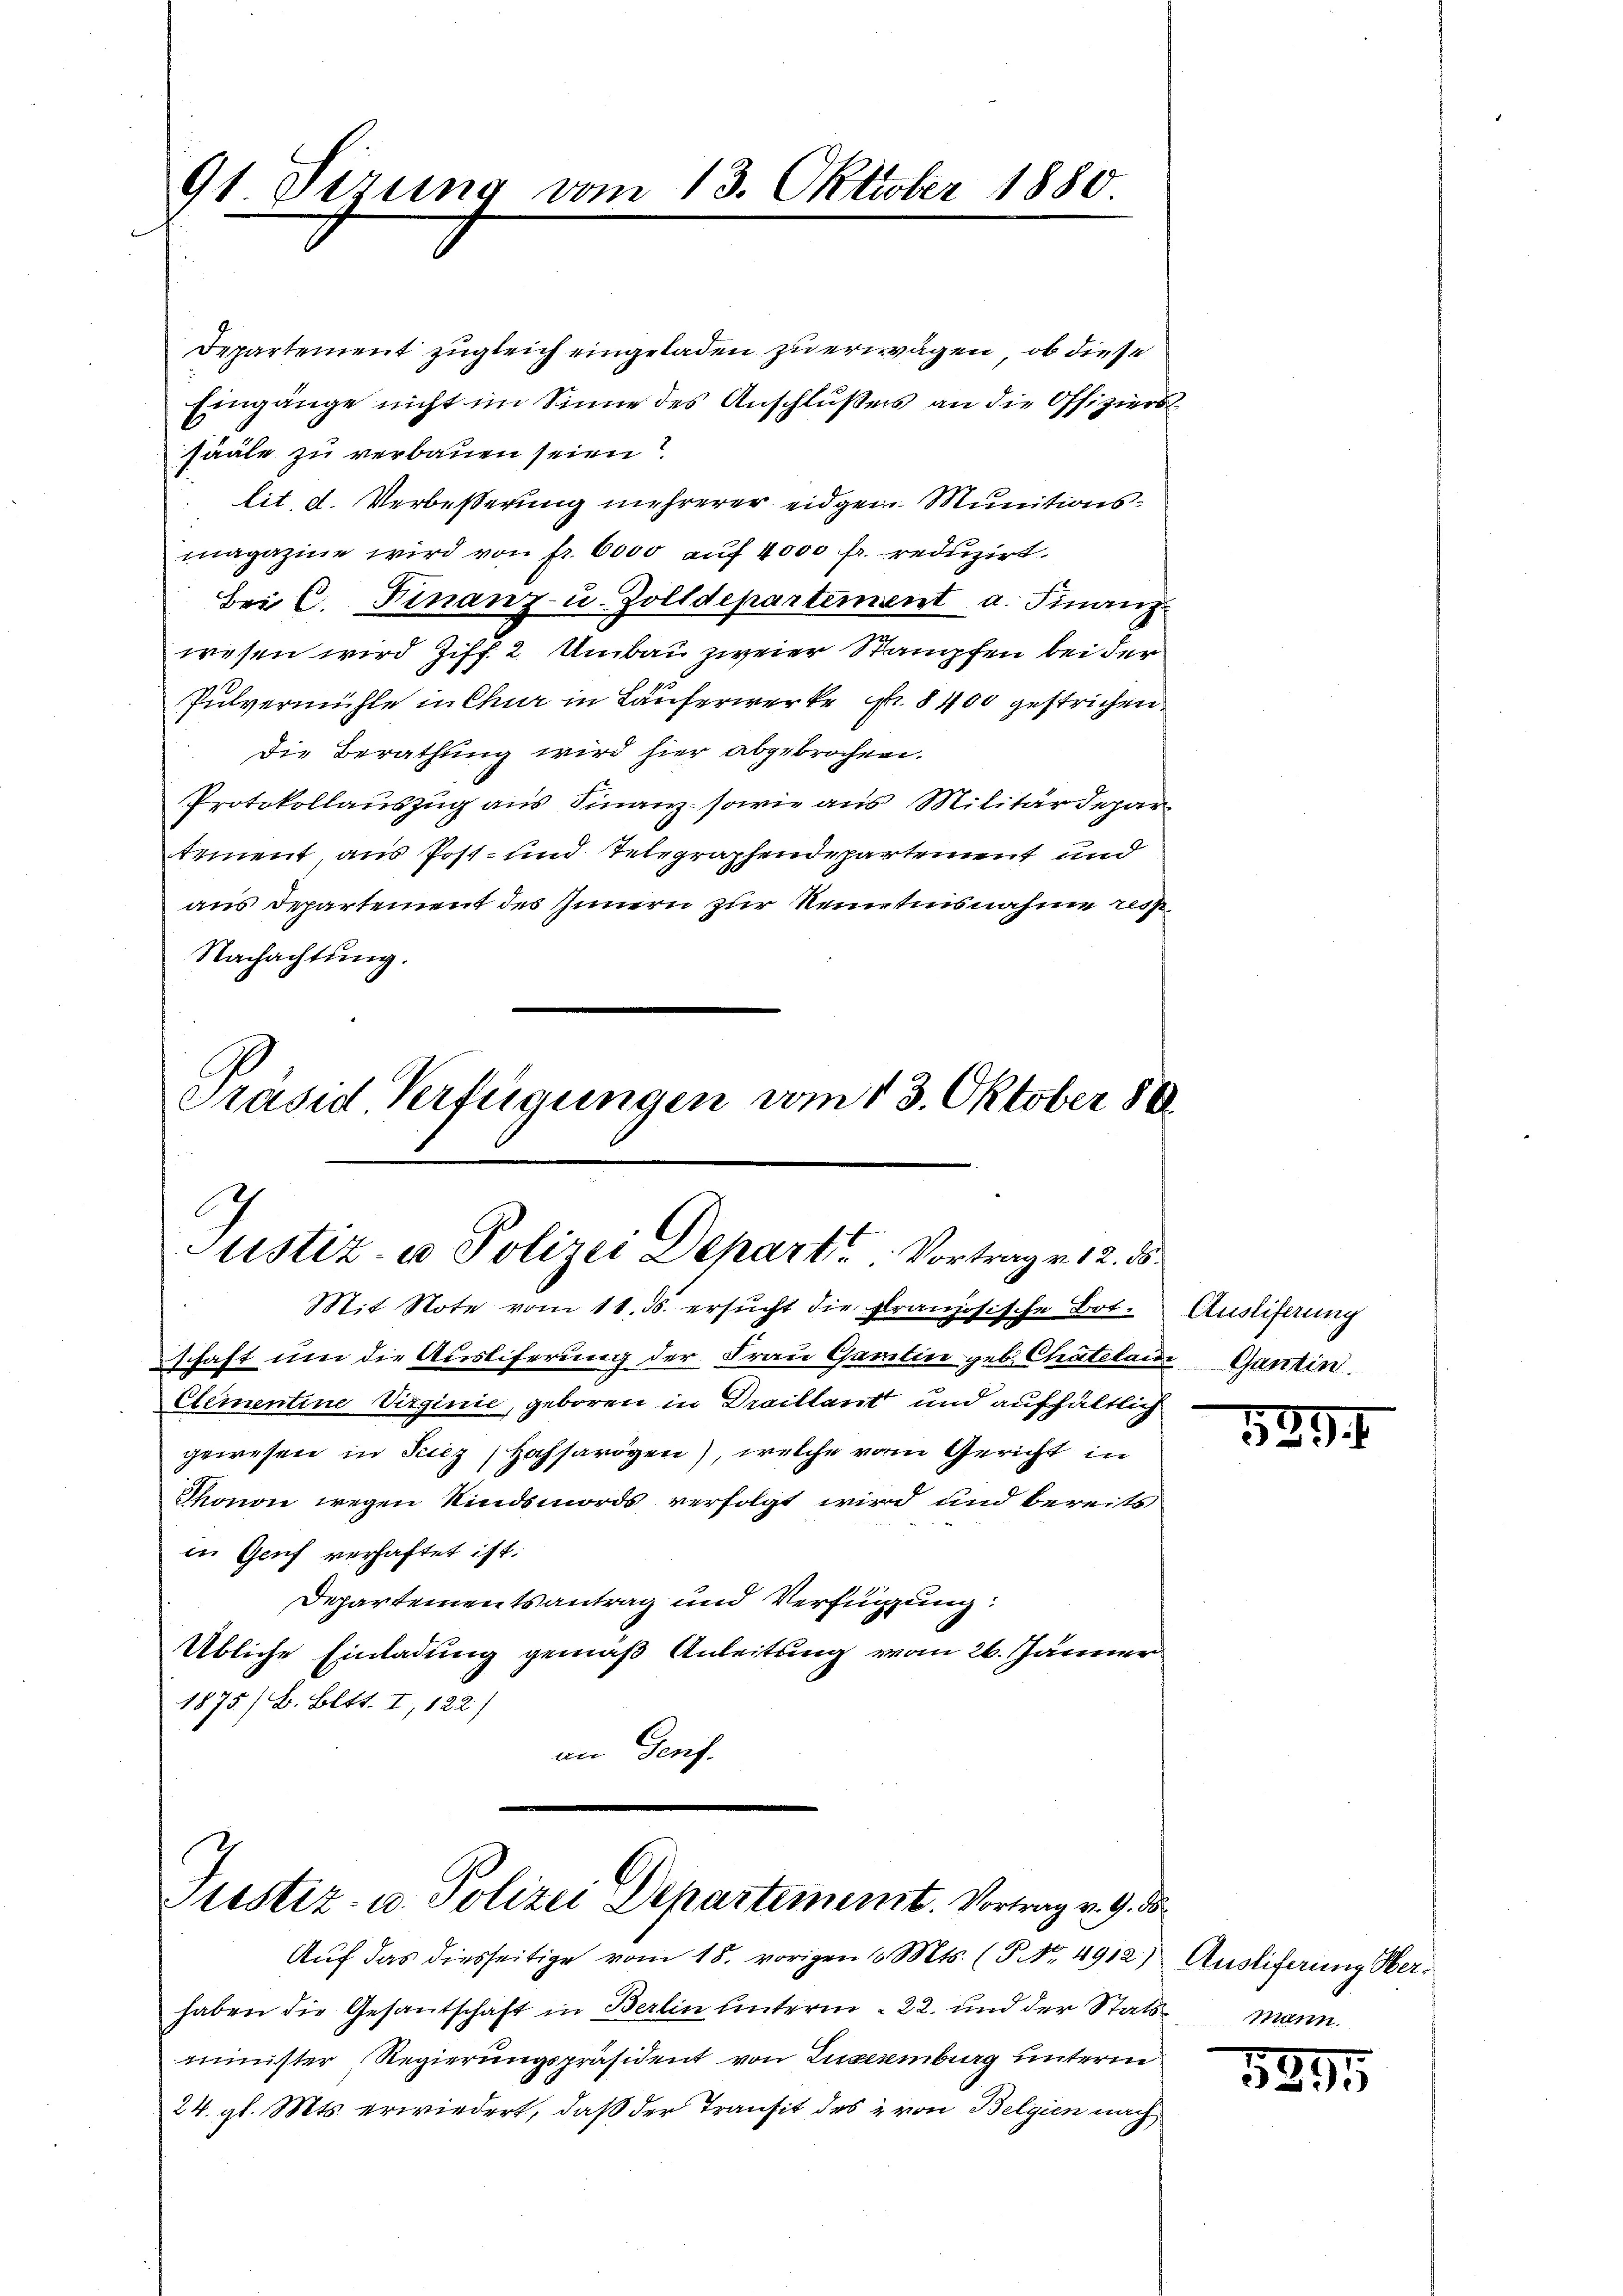
91. Sizung vom 13. Oktober 1880.

Departement zugleich eingeladen zu erwägen, ob diese
Eingänge nicht im Sinne des Anschlußes an die Offizierssääle zu verbauen seien?
lit. d. Verbesserung mehrerer eidgen. Munitionsmagazine wird von fr. 6000 auf 4000 fr. reduzirt.
Bei C. Finanz- u. Zolldepartement a. Finanzwesen wird Ziff. 2. Umbau zweier Stampfen bei der
Pulvermühle in Chur in Läuferwerke Nr. 8400 gestrichen
Die Berathung wird hier abgebrochen.
Protokollauszug aus Finanz- sowie aus Militärdepartement, aus Post- und Telegraphendepartement und
aus Departement des Innern zur Neuntensnahme resp
Nachachtung.

Präsid Verfügungen vom 13. Oktober 188
Justiz- u Polizei Depart? Vortrag v. 12. 55.
Mit Note vom 11. 3. ersucht die Französische Bot.

schaft um die Auslieferung der Frau Gantin geb. Chatelam Ganten.
ctementine Virginie, geboren in Draillant und aufhältlich
gewesen in Sucz Hofsarögen), welche vom Gericht in
Thonon wegen Kindsmords verfolgt wird und bereits
in Genf verhaftet ist.
Departementsantrag und Verfügung:
Übliche Einladung gemäß Anleitung vom 26. Jänner
1875/ B. Bett. I, 122)
an Genf.

b
Justiz- u. Polizei Departement. Vortrag v. 9. d.

Auf das diesseitige vom 18. vorigen 3 Mts. (T. No. 4912) Auslieferung Herhaben die Gesandschaft in Berlin unterm 22. und der Stats
minister Regierungspräsident von Luxemburg unterm
24. gl. Mts. erwiedert, daß der Transit des 2 von Belgien nach

Ausliferung

589.

.
mann.

5895